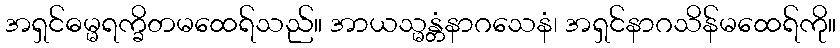
အရှင်ဓမ္မရက္ခိတမထေရ်သည်။ အာယသ္မန္တံနာဂသေနံ၊ အရှင်နာဂသိန်မထေရ်ကို။